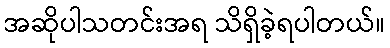
အဆိုပါသတင်းအရ သိရှိခဲ့ရပါတယ်။